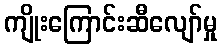
ကျိုးကြောင်းဆီလျော်မှု